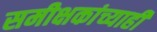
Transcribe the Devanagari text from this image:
समीक्षकांच्याही